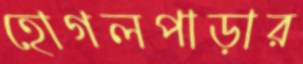
হোগলপাড়ার